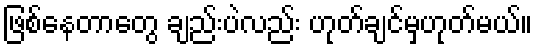
ဖြစ်နေတာတွေ ချည်းပဲလည်း ဟုတ်ချင်မှဟုတ်မယ်။